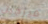
فيرجيل